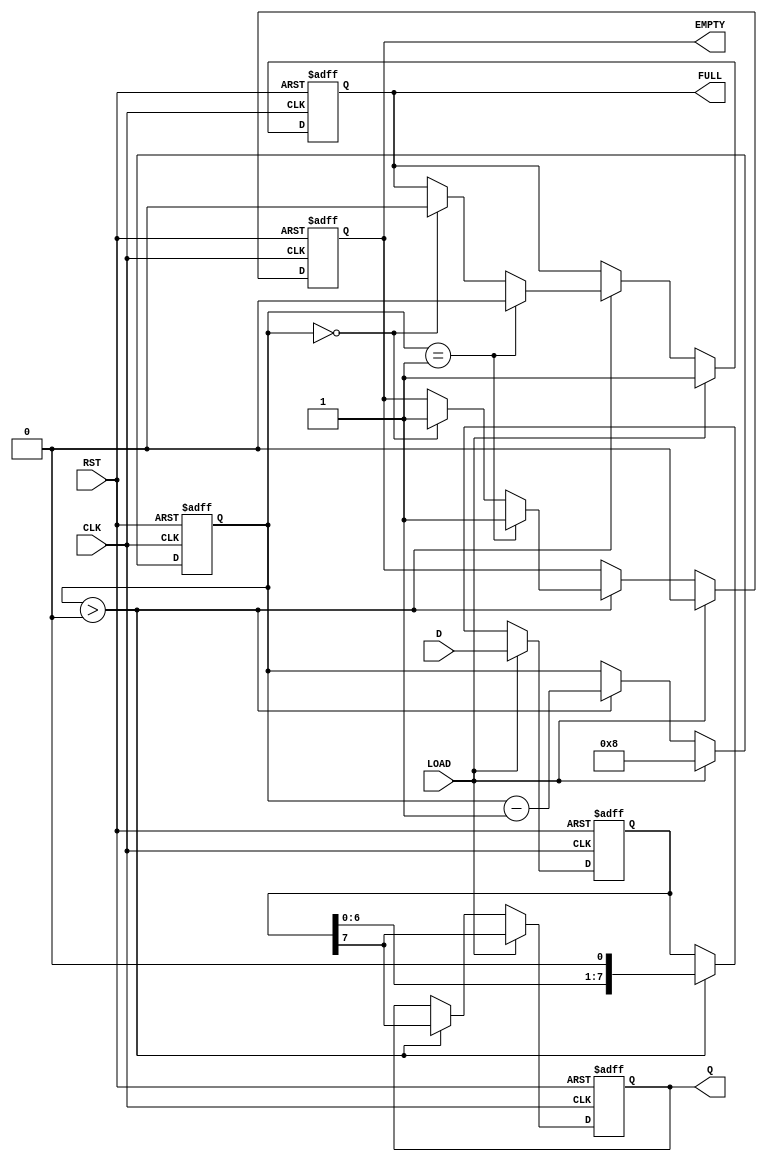
module PISO_Register #(
    parameter N = 8  // Number of parallel bits
)(
    input wire CLK,                // Clock signal
    input wire RST,                // Asynchronous reset signal
    input wire LOAD,               // Load signal
    input wire [N-1:0] D,          // Parallel data input
    output reg Q,                  // Serial output
    output reg EMPTY,              // Empty status flag
    output reg FULL                // Full status flag
);
    
    // Internal storage for the register
    reg [N-1:0] shift_reg; 
    reg [3:0] count; // Count for number of bits shifted out

    // Initialization
    initial begin
        Q = 0;
        EMPTY = 1;
        FULL = 0;
        count = 0;
        shift_reg = 0;
    end

    // Asynchronous reset and clocked behavior
    always @(posedge CLK or posedge RST) begin
        if (RST) begin
            // Reset all registers
            shift_reg <= 0;
            Q <= 0;
            EMPTY <= 1;
            FULL <= 0;
            count <= 0;
        end else begin
            if (LOAD) begin
                // Load parallel data into the shift register on LOAD signal
                shift_reg <= D;
                Q <= shift_reg[N-1]; // Initial output is the MSB
                count <= N;           // Set count to indicate the register is full
                EMPTY <= 0;          // The register is no longer empty
                FULL <= 1;           // The register is now full
            end else if (count > 0) begin
                // Shift data on each clock cycle if not empty
                Q <= shift_reg[N-1]; // Output the MSB
                shift_reg <= {shift_reg[N-2:0], 1'b0}; // Shift left
                count <= count - 1;  // Decrement the count

                // Update the EMPTY and FULL flags
                if (count == 1) begin
                    EMPTY <= 1; // Register will be empty after this shift
                    FULL <= 0;  // Register is no longer full
                end else if (count == 0) begin
                    EMPTY <= 1; // Now empty
                    FULL <= 0;  // Not full anymore
                end
            end
        end
    end
endmodule